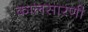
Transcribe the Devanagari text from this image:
कालसारणी